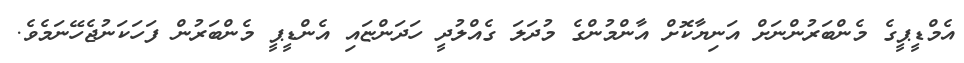
އެމްޑީޕީގެ މެންބަރުންނަށް އަނިޔާކޮށް އާންމުންގެ މުދަލަ ގެއްލުދީ ހަދަންޏައި އެންޑީޕީ މެންބަރުން ފަހަކަނުޖެހޭނަމެވެ.